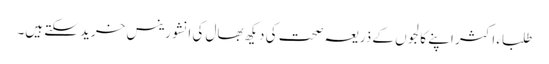
طلباء اکثر اپنے کالجوں کے ذریعہ صحت کی دیکھ بھال کی انشورینس خرید سکتے ہیں۔